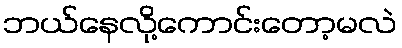
ဘယ်နေလို့ကောင်းတော့မလဲ